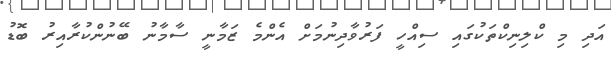
އަދި މި ކްލިނިކްތަކުގައި ސިއްހީ ފަރުވާދިނުމަށް އެންމެ ޒަމާނީ ސާމާނު ބޭނުންކުރާއިރު ބޮޑު